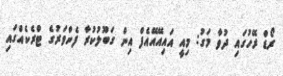
ރޯޑް ރޭހުގައި ދުވާ މަގު: މިއީ އައިއޭއޭއެފް އިން ގަބޫލުކުރާ ފެންވަރުގެ ޓްރެކެއްގައި